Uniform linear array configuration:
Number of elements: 8
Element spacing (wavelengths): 0.75
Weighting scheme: exponential
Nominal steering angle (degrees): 0
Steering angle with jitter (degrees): -1.261
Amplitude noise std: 0.05
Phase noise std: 0.05

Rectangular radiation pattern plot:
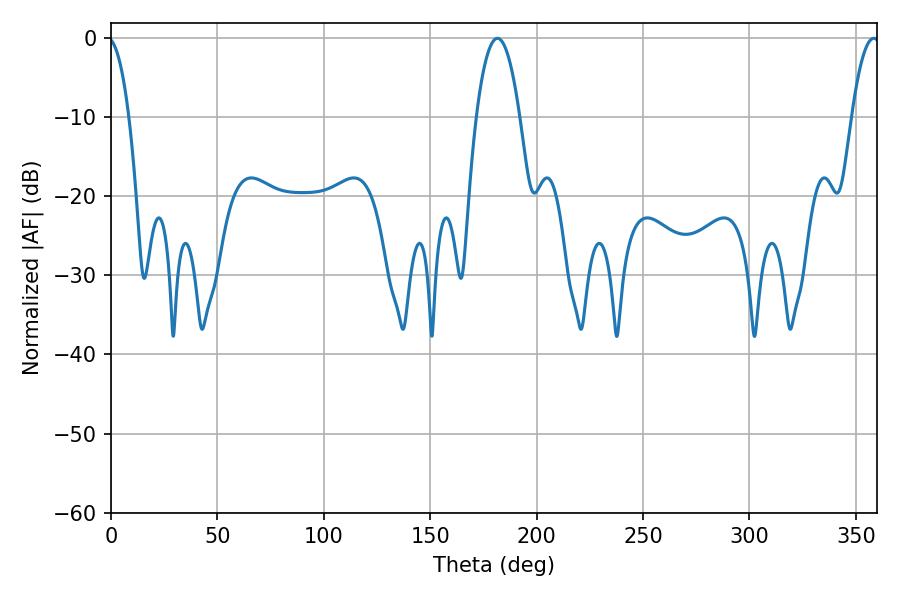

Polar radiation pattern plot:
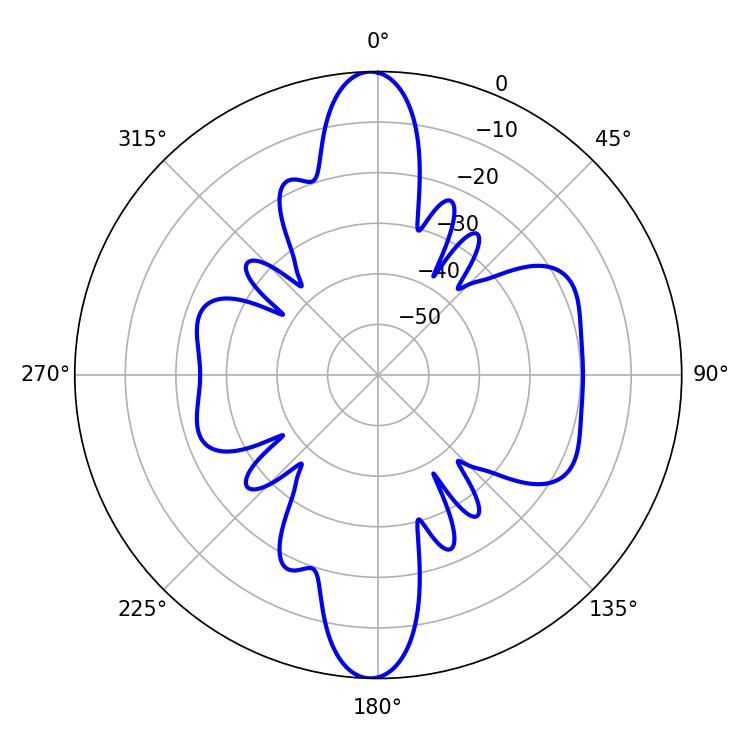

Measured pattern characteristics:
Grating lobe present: TRUE
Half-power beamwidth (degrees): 11.34
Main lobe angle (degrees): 181.62